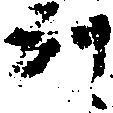
別